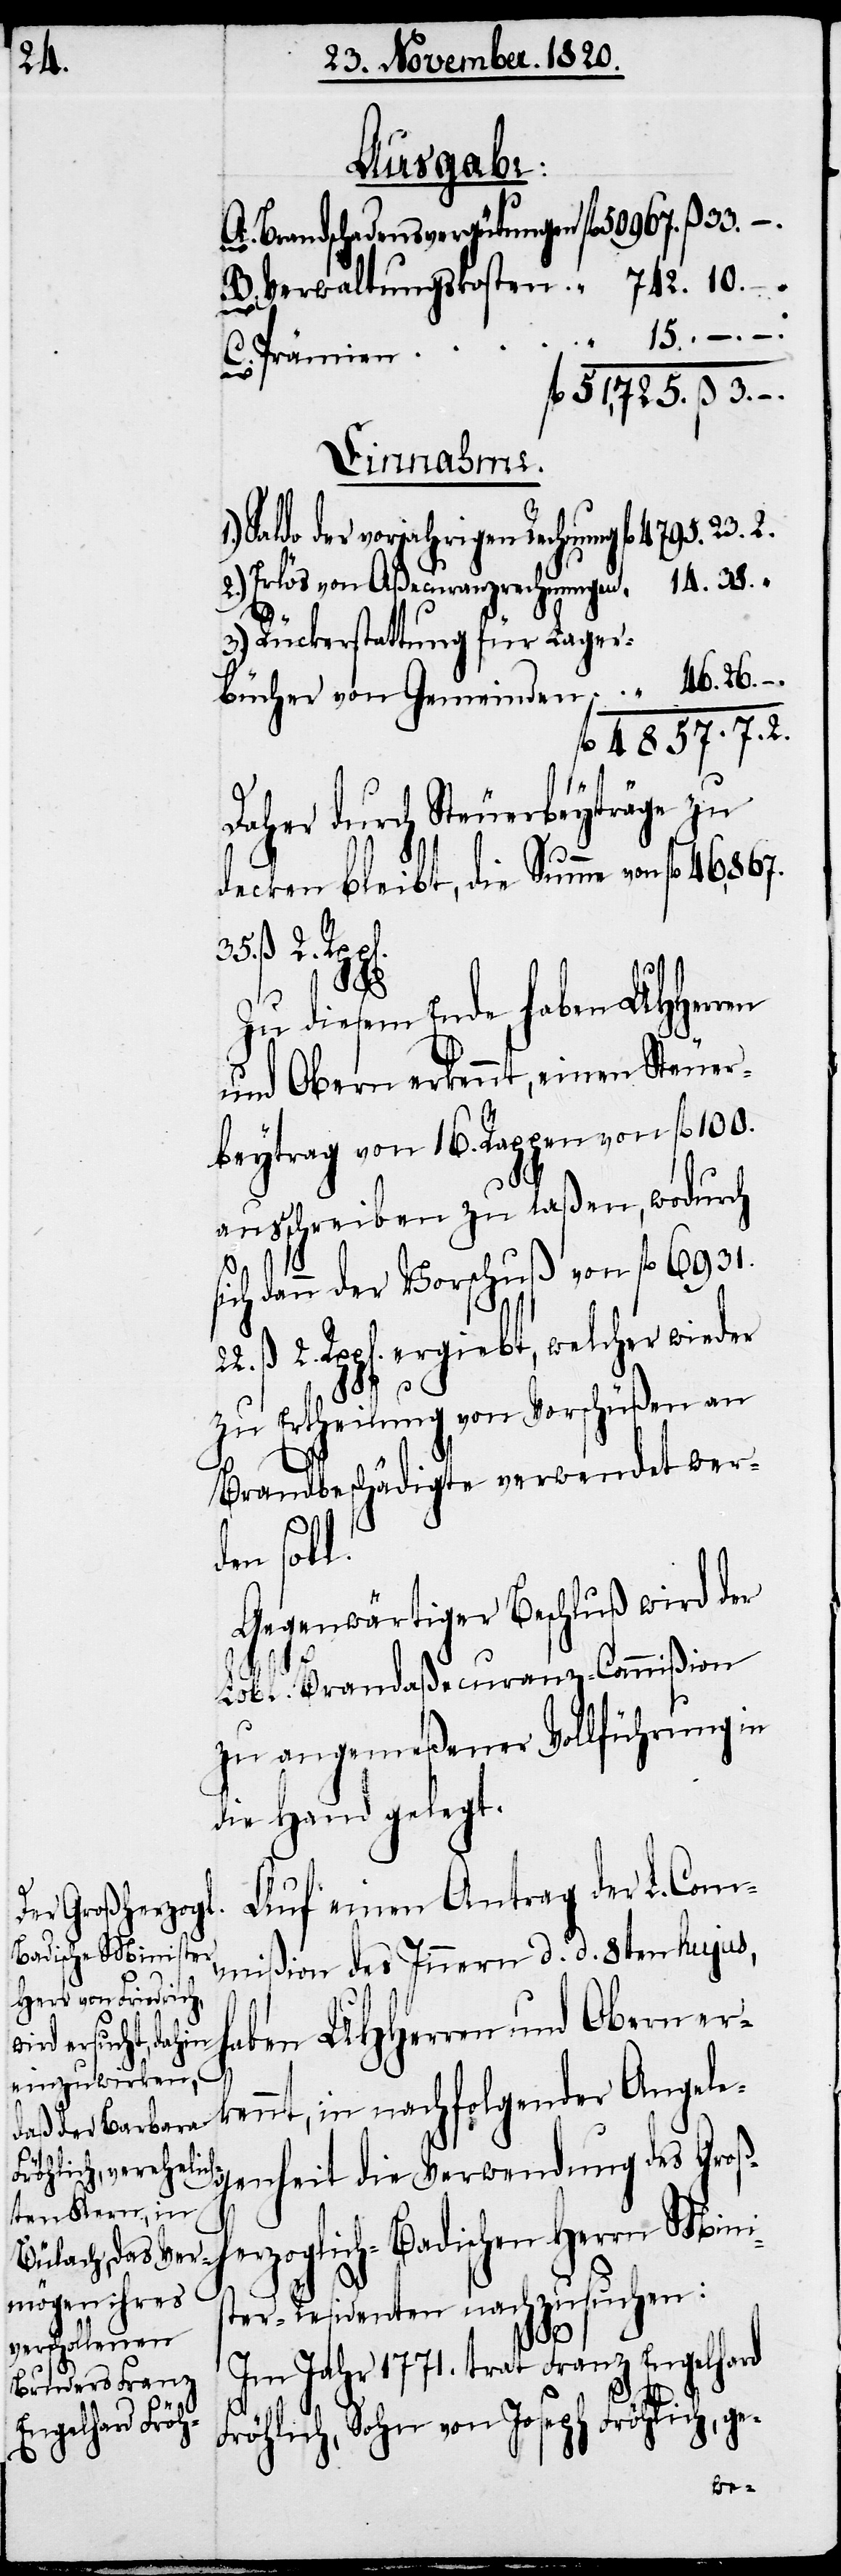
Ausgabe:
Brandschadensvergütungen
fl. 51,725.
Einnahme.
Saldo der vorjahrigen Rechnung
Erlös von Aßecuranzrechnungen
Rückerstattung für Lager¬
bücher von Gemeinden
Daher durch Steuerbeyträge zu
decken bleibt, die Summe von fl. 46,867.
22.
Zu diesem Ende haben UHHerren
und Obern erkennt, einen Steuer¬
beytrag von 16. Rappen von fl. 100.
ausschreiben zu laßen, wodurch
ß
sich dann der Vorschuß von fl. 6931.
2. Rpp[en]. ergiebt, welcher wieder
–.
zu Ertheilung von Vorschüßen an
Brandbeschädigte verwendet werd¬
en soll.
Gegenwärtiger Beschluß wird der
Lobl. Brandaßecuranz-Commißion
zu angemeßener Vollführung in
die Hand gelegt.
Auf einen Antrag der L. Com¬
mißion des Innern d. d. 8ten hujus,
haben UHHerren und Ober¬
n erkennt, in nachfolgender Angele¬
genheit die Verwendung des Großh¬
erzoglich-Badischen Herrn Minis¬
ter-Residenten nachzusuchen:
Im Jahr 1771. trat Franz Engelhard
7. 2.
Fröhlich, Sohn von Joseph Fröhlich, ge-